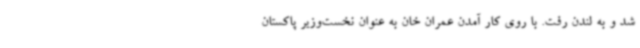
شد و به لندن رفت. با روی کار آمدن عمران خان به عنوان نخست‌وزیر پاکستان